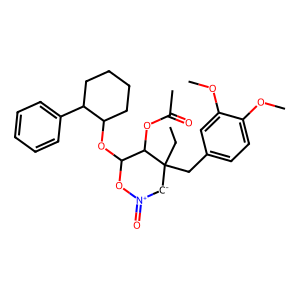
SMILES: CCC1(Cc2ccc(OC)c(OC)c2)[CH-][N+](=O)OC(OC2CCCCC2c2ccccc2)C1OC(C)=O
Inhibits HIV replication: No